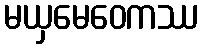
မယှမေဝေကဿ